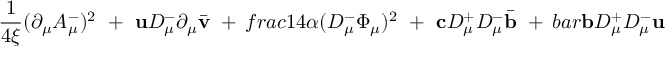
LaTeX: \frac { 1 } { 4 \xi } ( \partial _ { \mu } A _ { \mu } ^ { - } ) ^ { 2 } \ + \ { \bf u } D _ { \mu } ^ { - } \partial _ { \mu } \bar { \bf v } \ + \, f r a c { 1 } { 4 \alpha } ( D _ { \mu } ^ { - } \Phi _ { \mu } ) ^ { 2 } \ + \ { \bf c } D _ { \mu } ^ { + } D _ { \mu } ^ { - } \bar { \bf b } \ + \, b a r { \bf b } D _ { \mu } ^ { + } D _ { \mu } ^ { - } { \bf u }